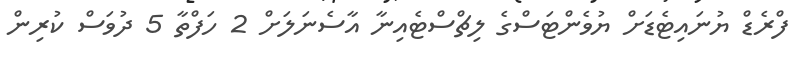
ފްރެޑް ޔުނައިޓެޑަށް ޔުވެންޓަސްގެ ލިޗްސްޓެއިނާ އާސެނަލަށް 2 ހަފްތާ 5 ދުވަސް ކުރިން